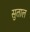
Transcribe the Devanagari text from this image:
सुताल